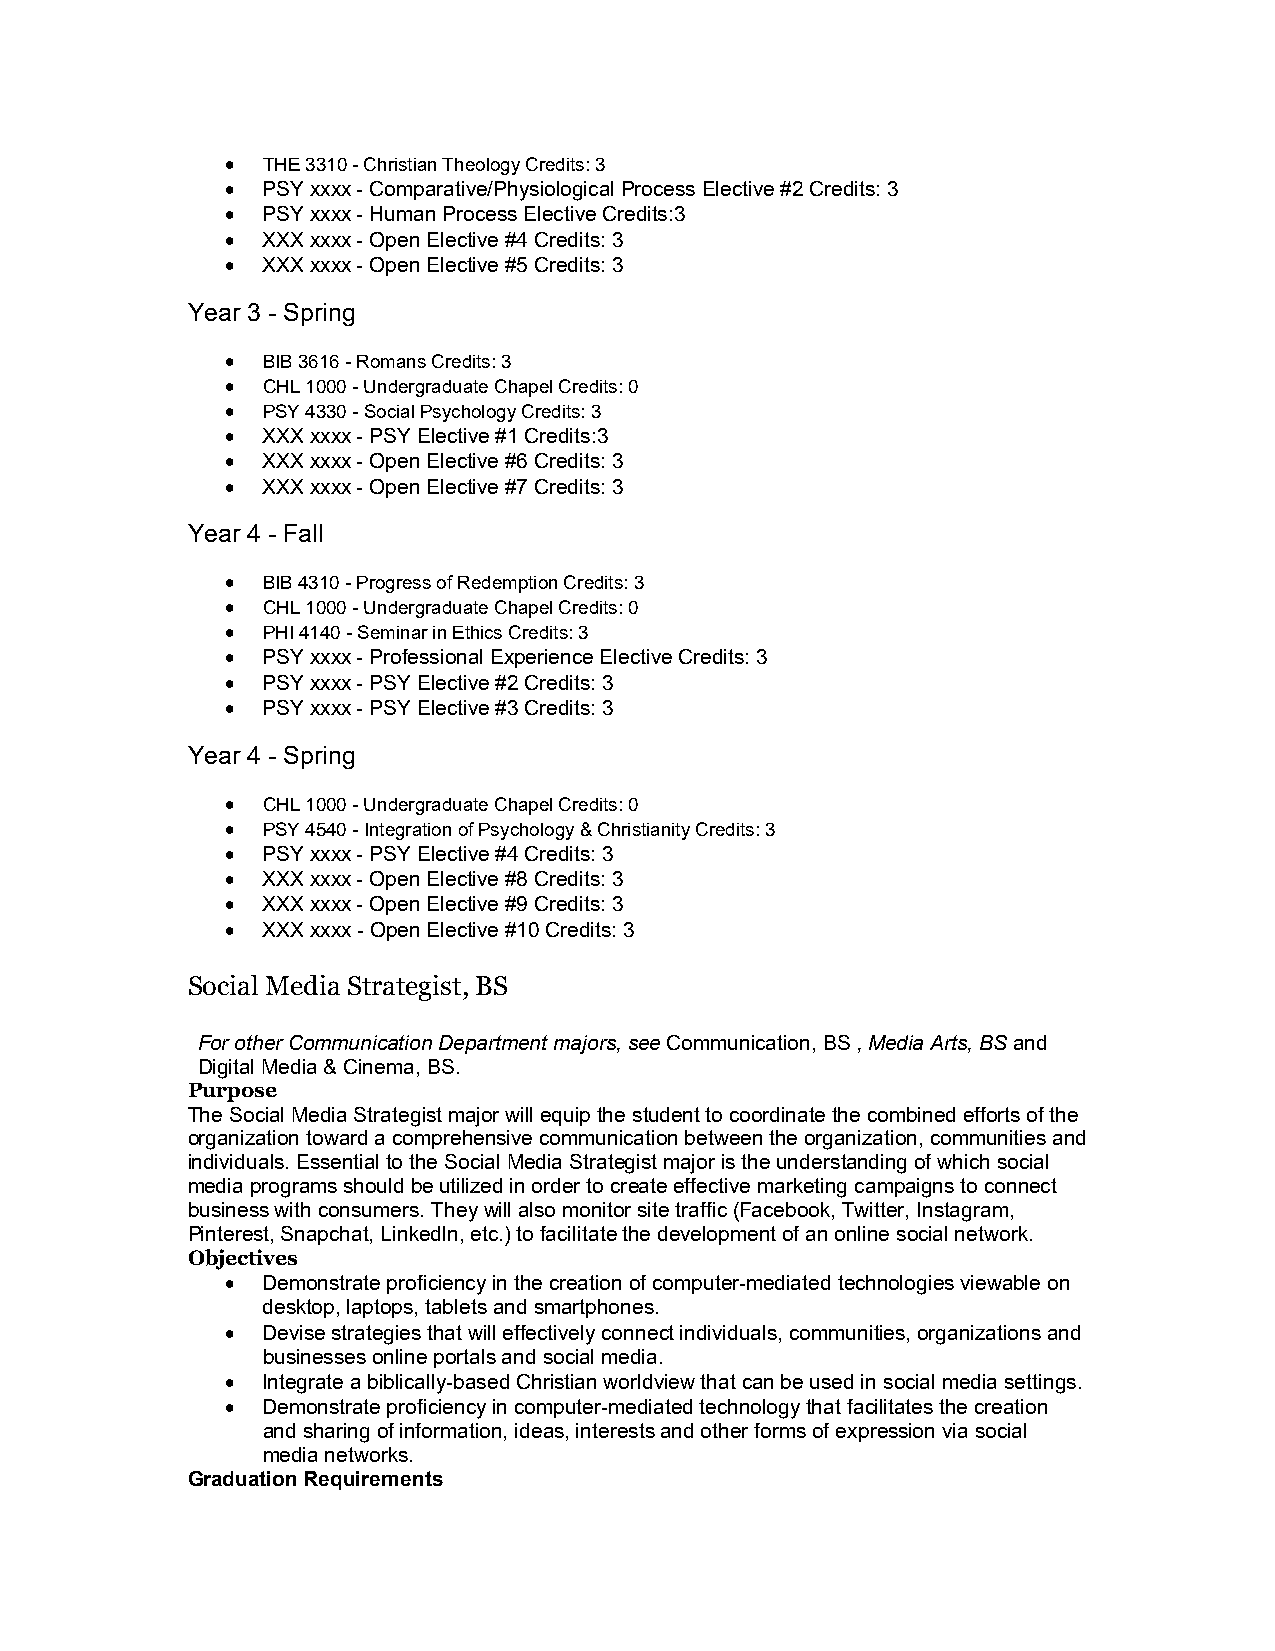
 THE 3310 - Christian Theology Credits: 3
  PSY xxxx - Comparative/Physiological Process Elective #2 Credits: 3
  PSY xxxx - Human Process Elective Credits:3
  XXX xxxx - Open Elective #4 Credits: 3
  XXX xxxx - Open Elective #5 Credits: 3
 Year 3 - Spring
  BIB 3616 - Romans Credits: 3
  CHL 1000 - Undergraduate Chapel Credits: 0
  PSY 4330 - Social Psychology Credits: 3
  XXX xxxx - PSY Elective #1 Credits:3
  XXX xxxx - Open Elective #6 Credits: 3
  XXX xxxx - Open Elective #7 Credits: 3
 Year 4 - Fall
  BIB 4310 - Progress of Redemption Credits: 3
  CHL 1000 - Undergraduate Chapel Credits: 0
  PHI 4140 - Seminar in Ethics Credits: 3
  PSY xxxx - Professional Experience Elective Credits: 3
  PSY xxxx - PSY Elective #2 Credits: 3
  PSY xxxx - PSY Elective #3 Credits: 3
 Year 4 - Spring
  CHL 1000 - Undergraduate Chapel Credits: 0
  PSY 4540 - Integration of Psychology & Christianity Credits: 3
  PSY xxxx - PSY Elective #4 Credits: 3
  XXX xxxx - Open Elective #8 Credits: 3
  XXX xxxx - Open Elective #9 Credits: 3
  XXX xxxx - Open Elective #10 Credits: 3
 Social Media Strategist, BS
 For other Communication Department majors, see Communication, BS , Media Arts, BS and
 Digital Media & Cinema, BS.
 Purpose
 The Social Media Strategist major will equip the student to coordinate the combined efforts of the
 organization toward a comprehensive communication between the organization, communities and
 individuals. Essential to the Social Media Strategist major is the understanding of which social
 media programs should be utilized in order to create effective marketing campaigns to connect
 business with consumers. They will also monitor site traffic (Facebook, Twitter, Instagram,
 Pinterest, Snapchat, LinkedIn, etc.) to facilitate the development of an online social network.
 Objectives
  Demonstrate proficiency in the creation of computer-mediated technologies viewable on
 desktop, laptops, tablets and smartphones.
  Devise strategies that will effectively connect individuals, communities, organizations and
 businesses online portals and social media.
  Integrate a biblically-based Christian worldview that can be used in social media settings.
  Demonstrate proficiency in computer-mediated technology that facilitates the creation
 and sharing of information, ideas, interests and other forms of expression via social
 media networks.
 Graduation Requirements